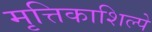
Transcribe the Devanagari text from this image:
मृत्तिकाशिल्पे